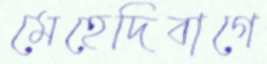
মেহেদিবাগে